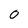
Character: O